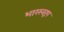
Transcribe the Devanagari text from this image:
भारस्वरूप